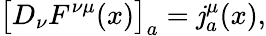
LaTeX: \bigl[D_{\nu}F^{\nu\mu}(x)\bigr]_{a}=\mathit{j}_{a}^{\mu}(x),